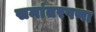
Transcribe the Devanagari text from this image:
समांतरपणा